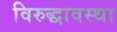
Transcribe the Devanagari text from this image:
विरुद्धावस्था